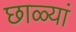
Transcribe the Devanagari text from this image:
छाळ्यां